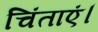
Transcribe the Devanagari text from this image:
चिंताएं।